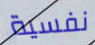
نفسية